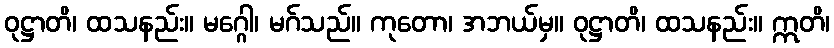
ဝုဋ္ဌာတိ၊ ထသနည်း။ မဂ္ဂေါ၊ မဂ်သည်။ ကုတော၊ အဘယ်မှ။ ဝုဋ္ဌာတိ၊ ထသနည်း။ ဣတိ၊